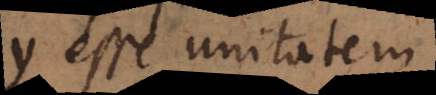
y esse unitatem.